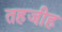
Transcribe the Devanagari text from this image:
तहजीह